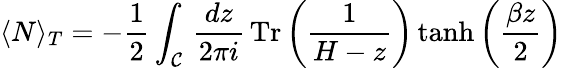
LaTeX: \langle N\rangle_{T}=-\frac{1}{2}\int_{\mathcal{C}}\, \frac{dz}{2\pi i}\, \textrm{Tr}\left(\frac{1}{H-z}\right)\operatorname{tanh}\left(\frac{\beta z}{2}\right)